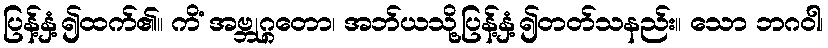
ပြန့်နှံ့၍ထက်၏။ ကိံ အဗ္ဘုဂ္ဂတော၊ အဘ်ယသို့ပြန့်နှံ့၍တတ်သနည်း။ သော ဘဂဝါ၊